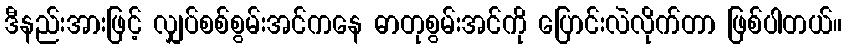
ဒီနည်းအားဖြင့် လျှပ်စစ်စွမ်းအင်ကနေ ဓာတုစွမ်းအင်ကို ပြောင်းလဲလိုက်တာ ဖြစ်ပါတယ်။